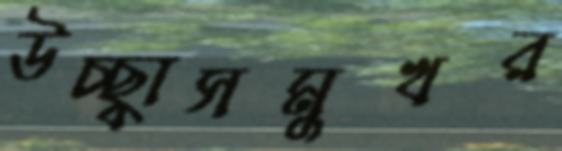
উচ্ছ্বাসমুখর